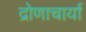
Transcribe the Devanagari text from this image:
द्रोणाचार्या